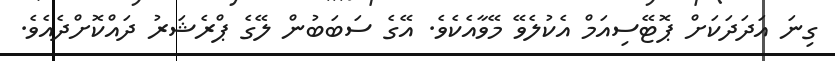
ގިނަ އަދަދަކަށް ޕޮޓޭސިއަމް އެކުލެވޭ މޭވާއެކެވެ. އޭގެ ސަބަބުން ލޭގެ ޕްރެޝަރު ދައްކޮށްދެއެވެ.